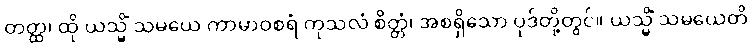
တတ္ထ၊ ထို ယသ္မိံ သမယေ ကာမာဝစရံ ကုသလံ စိတ္တံ၊ အစရှိသော ပုဒ်တို့တွင်။ ယသ္မိံ သမယေတိ